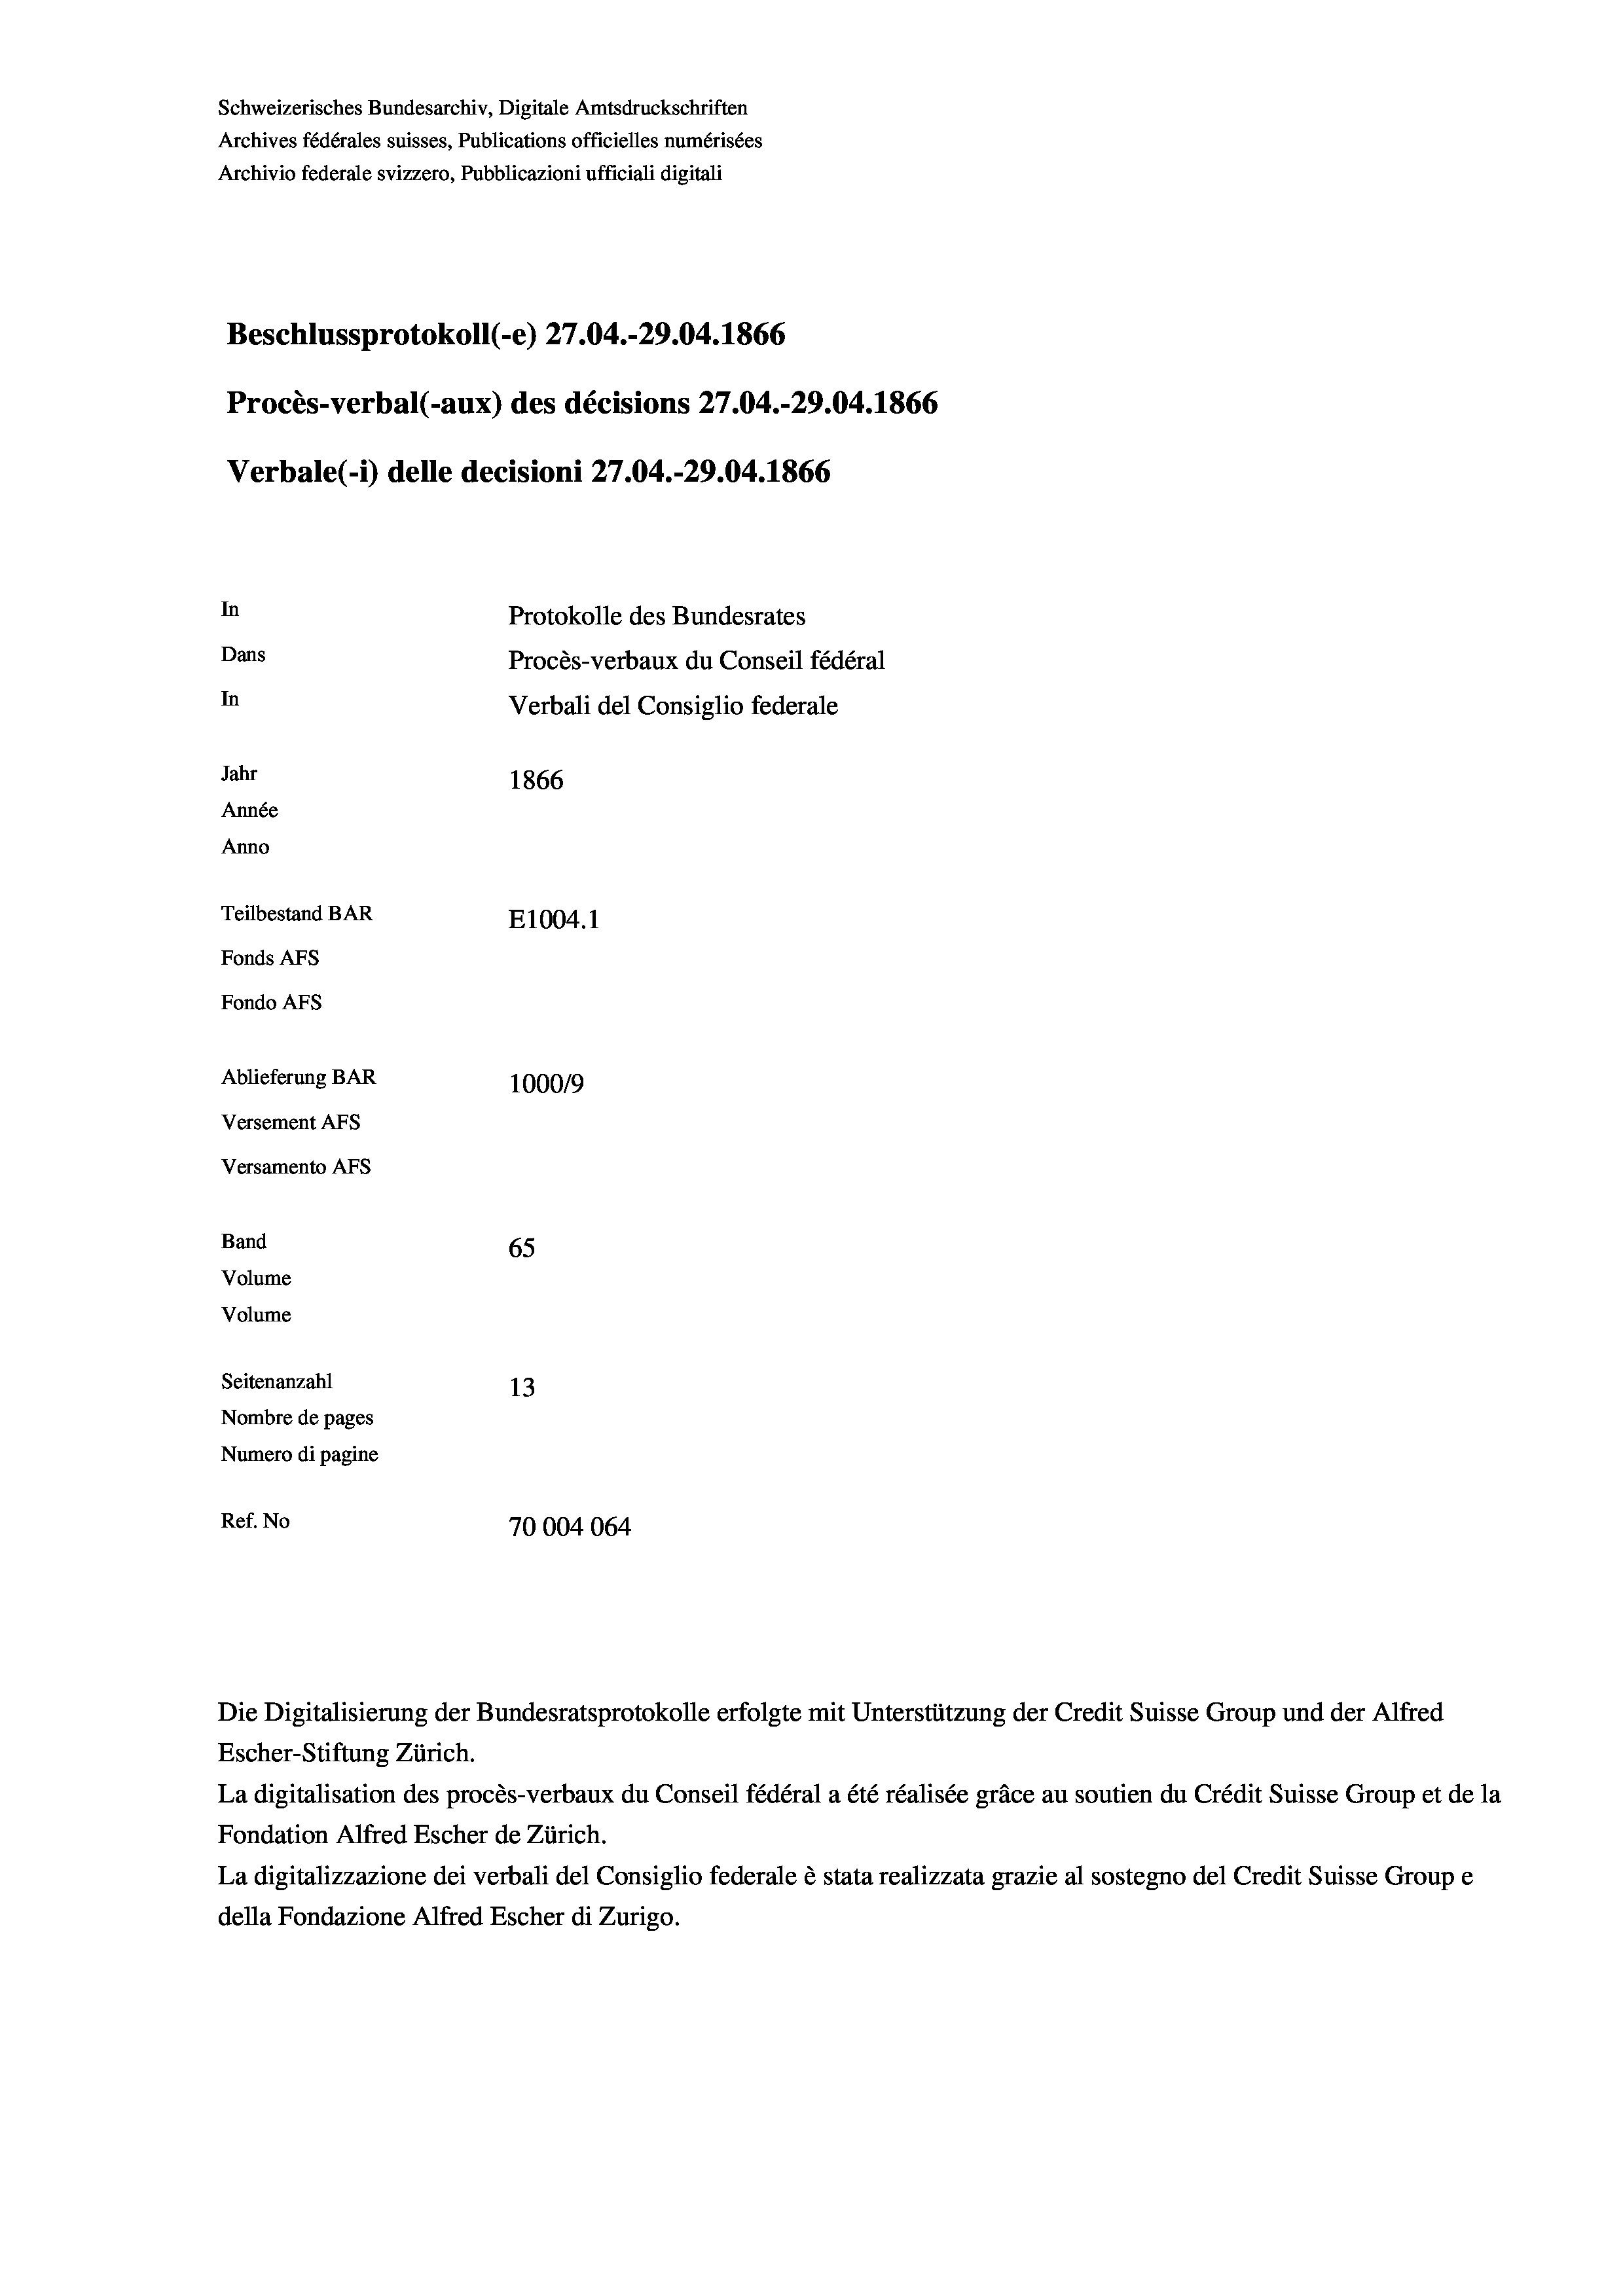
Schweizerisches Bundesarchiv, Digitale Amtsdruckschriften
Archives fédérales suisses, Publications officielles numérisées
Archivio federale svizzero, Pubblicazioni ufficiali digitali
Beschlussprotokoll (-e) 27.04.-29.04. 1866
Procès-verbal (-aux) des décisions 27.04.-29.04. 1866
Verbale (i) delle decisioni 27.04.-29.04. 1866
In
Protokolle des Bundesrates
Dans
Procès-verbaux du Conseil fédéral
In
Verbali del Consiglio federale
Jahr
1866
Année
Anno
Teilbestand BAR
E1004.1
Fonds AFs
Fondo Afs
Ablieferung BAR
100019
Versement AFs
Versamento AFs
Band
65
Volume
Volume
Seitenanzahl
13
Nombre de pages
Numero di pagine
Ref. No
70004064

La digitalisation des procès-verbaux du Conseil fédéral a été réalisée gräce au soutien du Crédit Suisse Group et de la
Fondation Alfred Escher de Zürich.
La digitalizzazione dei verbali del Consiglio federale è stata realizzata grazie al sostegno del Credit Suisse Groupe
della Fondazione Alfred Escher di Zurigo.

Die Digitalisierung der Bundesratsprotokolle erfolgte mit Unterstützung der Credit Suisse Group und der Alfred
Escher-Stiftung Zürich.